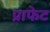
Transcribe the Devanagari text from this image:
प्राफेट